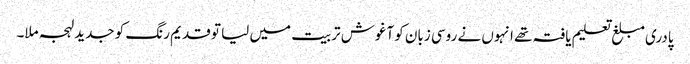
پادری مبلغ تعلیم یافتہ تھے انہوں نے روسی زبان کو آغوش تربیت میں لیا تو قدیم رنگ کو جدید لہجہ ملا۔